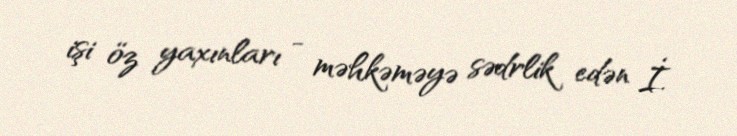
işi öz yaxınları - məhkəməyə sədrlik edən İ.